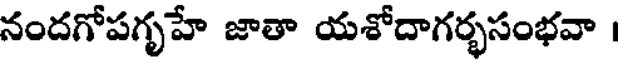
నందగోపగృహే జాతా యశోదాగర్భసంభవా ।